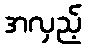
အလှည့်